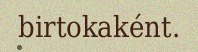
birtokaként.